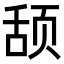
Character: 𬱠